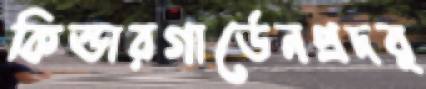
কিন্ডারগার্ডেনপ্রদর্